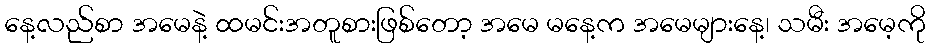
နေ့လည်စာ အမေနဲ့ ထမင်းအတူစားဖြစ်တော့ အမေ မနေ့က အမေများနေ့၊ သမီး အမေ့ကို